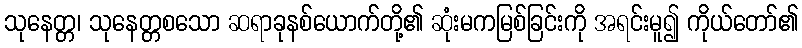
သုနေတ္တ၊ သုနေတ္တစသော ဆရာခုနစ်ယောက်တို့၏ ဆုံးမကမြစ်ခြင်းကို အရင်းမူ၍ ကိုယ်တော်၏